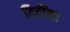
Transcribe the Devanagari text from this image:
दिदींना